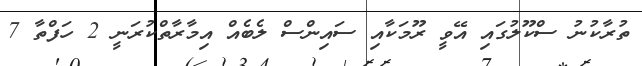
ތުރާކުނު ސްކޫލުގައި އޭވީ ރޫމަކާއި ސައިންސް ލެބެއް އިމާރާތްކުރަނީ 2 ހަފްތާ 7